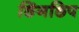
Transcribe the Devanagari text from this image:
छिंगछिप